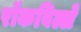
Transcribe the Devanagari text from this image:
रॉकविल्ले